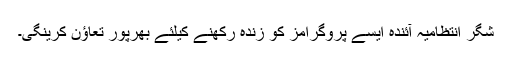
شگر انتظامیہ آئندہ ایسے پروگرامز کو زندہ رکھنے کیلئے بھرپور تعاؤن کرینگی۔